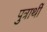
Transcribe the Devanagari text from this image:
पुत्रार्थी